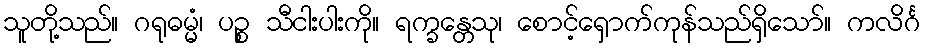
သူတို့သည်။ ဂရုဓမ္မံ၊ ပဉ္စ သီငါးပါးကို။ ရက္ခန္တေသု၊ စောင့်ရှောက်ကုန်သည်ရှိသော်။ ကလိင်္ဂ